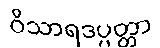
ဝိသာရဒပ္ပတ္တာ